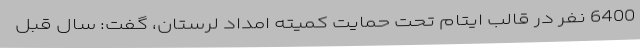
6400 نفر در قالب ایتام تحت حمایت کمیته امداد لرستان، گفت: سال قبل